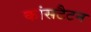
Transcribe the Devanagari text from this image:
कांसटैटन